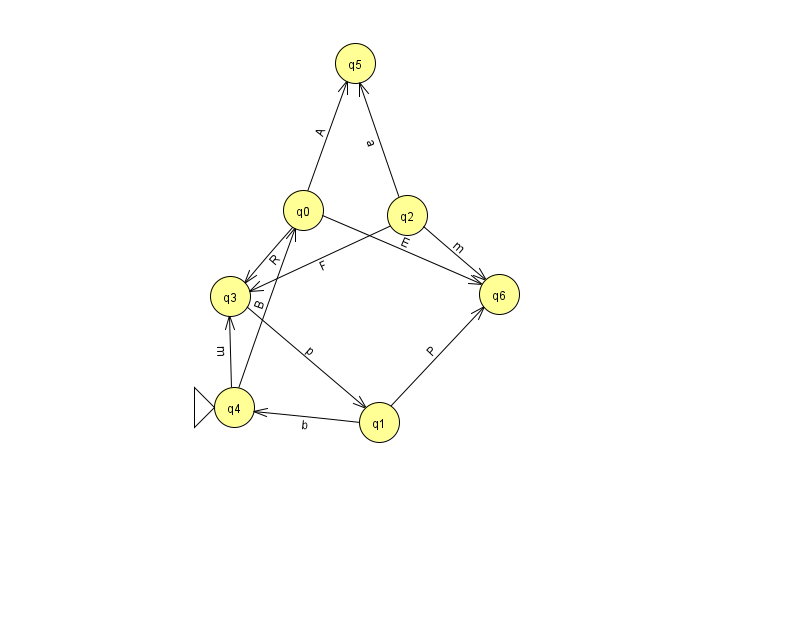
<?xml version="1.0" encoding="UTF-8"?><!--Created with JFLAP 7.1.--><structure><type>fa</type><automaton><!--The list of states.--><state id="0" name="q0"><x>303.0</x><y>197.0</y></state><state id="1" name="q1"><x>379.0</x><y>409.0</y></state><state id="2" name="q2"><x>407.0</x><y>202.0</y></state><state id="3" name="q3"><x>230.0</x><y>283.0</y></state><state id="4" name="q4"><x>234.0</x><y>394.0</y><initial/></state><state id="5" name="q5"><x>355.0</x><y>50.0</y></state><state id="6" name="q6"><x>499.0</x><y>281.0</y></state><!--The list of transitions.--><transition><from>0</from><to>6</to><read>E</read></transition><transition><from>0</from><to>3</to><read>R</read></transition><transition><from>4</from><to>0</to><read>B</read></transition><transition><from>2</from><to>3</to><read>F</read></transition><transition><from>2</from><to>6</to><read>m</read></transition><transition><from>4</from><to>3</to><read>m</read></transition><transition><from>3</from><to>1</to><read>p</read></transition><transition><from>0</from><to>5</to><read>A</read></transition><transition><from>2</from><to>5</to><read>a</read></transition><transition><from>1</from><to>4</to><read>b</read></transition><transition><from>1</from><to>6</to><read>P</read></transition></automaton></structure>